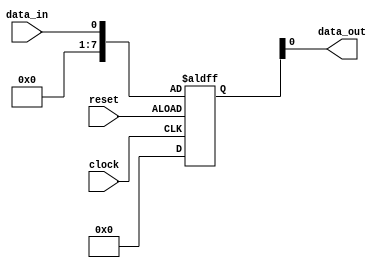
module high_speed_buffer (
    input data_in,
    output data_out,
    input clock,
    input reset
);

reg data_out;
reg [7:0] data_buffer;

always @(posedge clock or negedge reset) begin
    if (reset) begin
        data_buffer <= 8'b00000000;
    end else begin
        data_buffer <= data_in;
    end
end

assign data_out = data_buffer;

endmodule